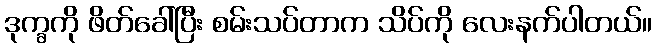
ဒုက္ခကို ဖိတ်ခေါ်ပြီး စမ်းသပ်တာက သိပ်ကို လေးနက်ပါတယ်။